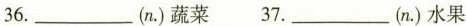
36.___(n.)蔬菜 37.(n.)水果